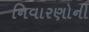
નિવારણોની